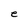
Character: e